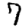
Digit: 7